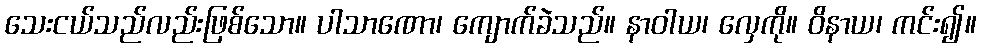
သေးငယ်သည်လည်းဖြစ်သော။ ပါသာဏော၊ ကျောက်ခဲသည်။ နာဝါယ၊ လှေကို။ ဝိနာယ၊ ကင်း၍။